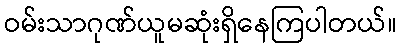
ဝမ်းသာဂုဏ်ယူမဆုံးရှိနေကြပါတယ်။